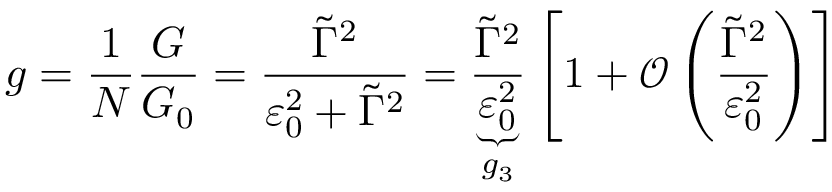
g = \frac { 1 } { N } \frac { G } { G _ { 0 } } = \frac { \tilde { \Gamma } ^ { 2 } } { \varepsilon _ { 0 } ^ { 2 } + \tilde { \Gamma } ^ { 2 } } = \underbrace { \frac { \tilde { \Gamma } ^ { 2 } } { \varepsilon _ { 0 } ^ { 2 } } } _ { g _ { 3 } } \left[ 1 + \mathcal { O } \left( \frac { \tilde { \Gamma } ^ { 2 } } { \varepsilon _ { 0 } ^ { 2 } } \right) \right]